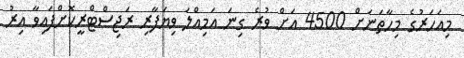
މިއަހަރުގެ މިހާތަނަށް 4500 އަށް ވުރެ ގިނަ އަމިއްލަ ވިޔަފާރި ރަޖިސްޓްރީކޮށްފައިވާ އިރު